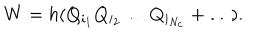
W = h ( Q _ { i _ { 1 } } Q _ { i _ { 2 } } \dots Q _ { i _ { N _ { c } } } + \dots ) .